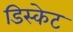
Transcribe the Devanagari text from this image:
डिस्केट